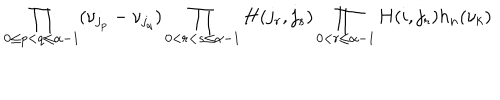
LaTeX: \prod _ { 0 \leq p < q \leq \alpha - 1 } ( \nu _ { j _ { p } } - \nu _ { j _ { q } } ) \prod _ { 0 < r < s \leq \alpha - 1 } H ( j _ { r } , j _ { s } ) \prod _ { 0 < r \leq \alpha - 1 } H ( i , j _ { r } ) h _ { n } ( \nu _ { k } )